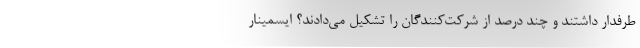
طرفدار داشتند و چند درصد از شرکت‌کنندگان را تشکیل می‌دادند؟ ایسمینار